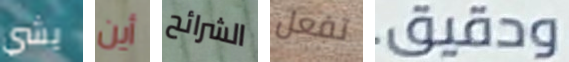
يشي أين الشرائح تفعل ودقيق